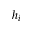
h _ { i }